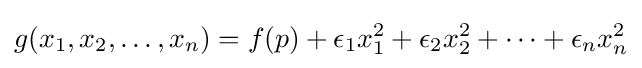
g(x_{1},x_{2},\dotsc ,x_{n})=f(p)+\epsilon _{1}x_{1}^{2}+\epsilon _{2}x_{2}^{2}+\dotsb +\epsilon _{n}x_{n}^{2}